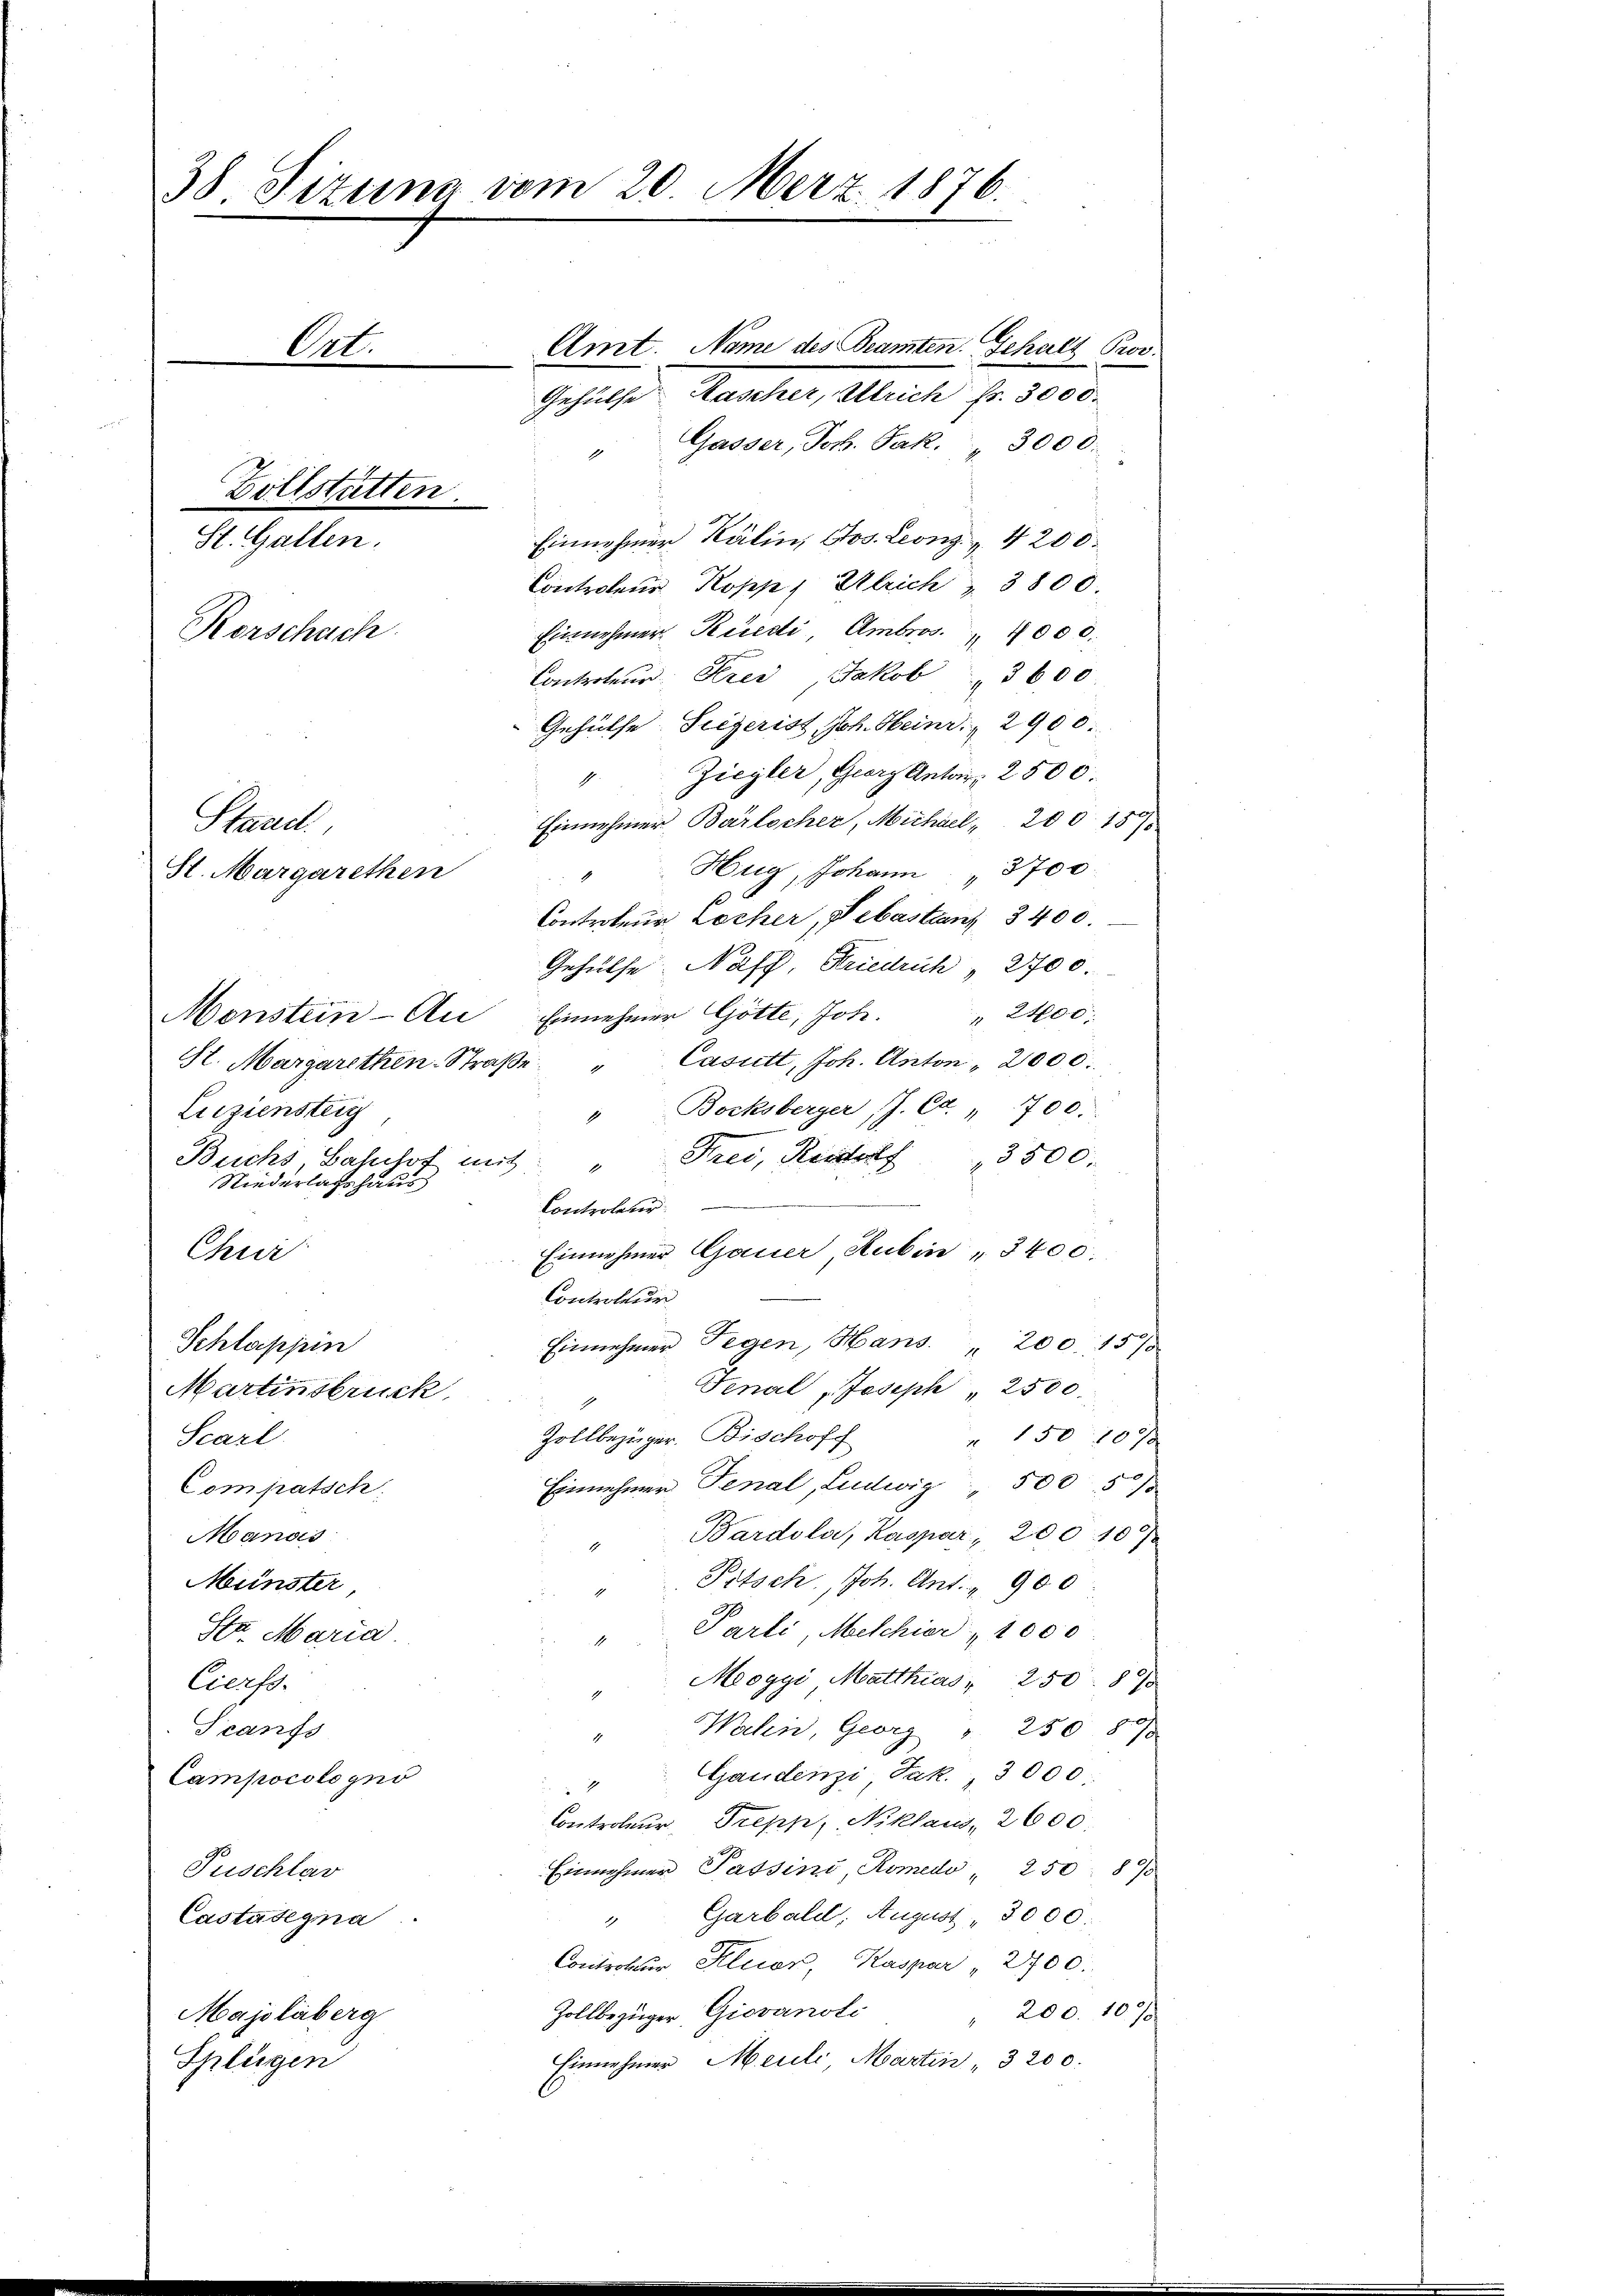
38 Sizung vom 20. Merz. 1876.

Gehülfe Mascher, Auch Fr. 3000.
" Gasser, Joh. Jak. " 3000.
Einnehmer Kälin, Jos. Leonz " 4200.
Controleur Kopp, Ulrich 3800
Einnehmer Rüedi, Ambros. 1000.
Controleur. Stres Jakob 3600.
Gehülfe. Siegerist, Joh. Heinr. 2900.
4. Ziegler, Georg Antar 2500
Einnehmer Barlocher, Michael, 200. 189
Hug, Johann " 3700
Controleur, Locher, Sebastanz 3400.
Gehülfe Naff, Friedrich " 2700.
Monstein-An Einnehmer Götte, Joh. " 2400.
Casutt, Joh. Anton 2000.
St. Margarethen-Straße
Bocksberger J. C. 700.
Leiziensteig
1
" Frei, Heider 3500.
Buchs Bahnhof mit
Niederlagshaus
Controleur
Einnehmer Gauer Rubin " 3400.
Chur
Controleur
Einnehmer Gegen, Hans 200. 1575
Schleppin
Final Joseph " 2500.
Martinstruck,
Zollbezüger. Bischoff
" 150 10xx
Scarl
Einnehmer Tenal, Ludwig " 500 5%
Compratsch
Bardola, Kaspar, 200 1087
Manas
Pitsch, Joh. Ant. " 900
Münster
" Parti, Melchior 1000
Sa Maria
Meogyi Matthias " 250. 875
Cierss.
Scanfs
Walen, Georg " 250 873
1
Gaudenzi Jak. 3000.
Campocologno
 xx
Controler, Trepp, Niklaus, 2600.
Einnehmer Passini, Komedo " 250 890
Puschlar
" Garbald, August " 3000:
Castasegna
Controlur Kleier, Kaspar " 2700.
Zollbezüger, Giovanoli
 200. 1070
Majoliberg
Einnehmer Meile Martin 3200.
Splügen

Zollstätten.
St. Gallen.

Korschach

Stand.
St. Margarethen

Ort.

Amt. Name des Beamten. Gehalt Prov.